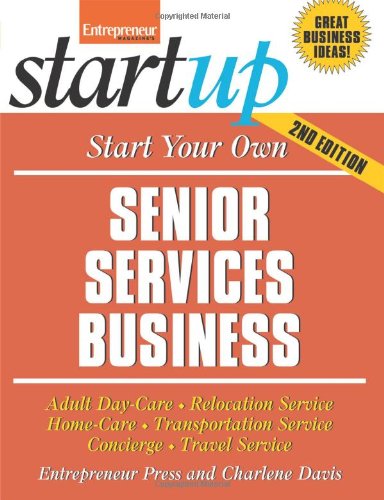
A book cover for Start Your Own Senior Services Business: Homecare, Transportation, Travel, Adult Care, and More (StartUp Series); Entrepreneur Press; Travel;